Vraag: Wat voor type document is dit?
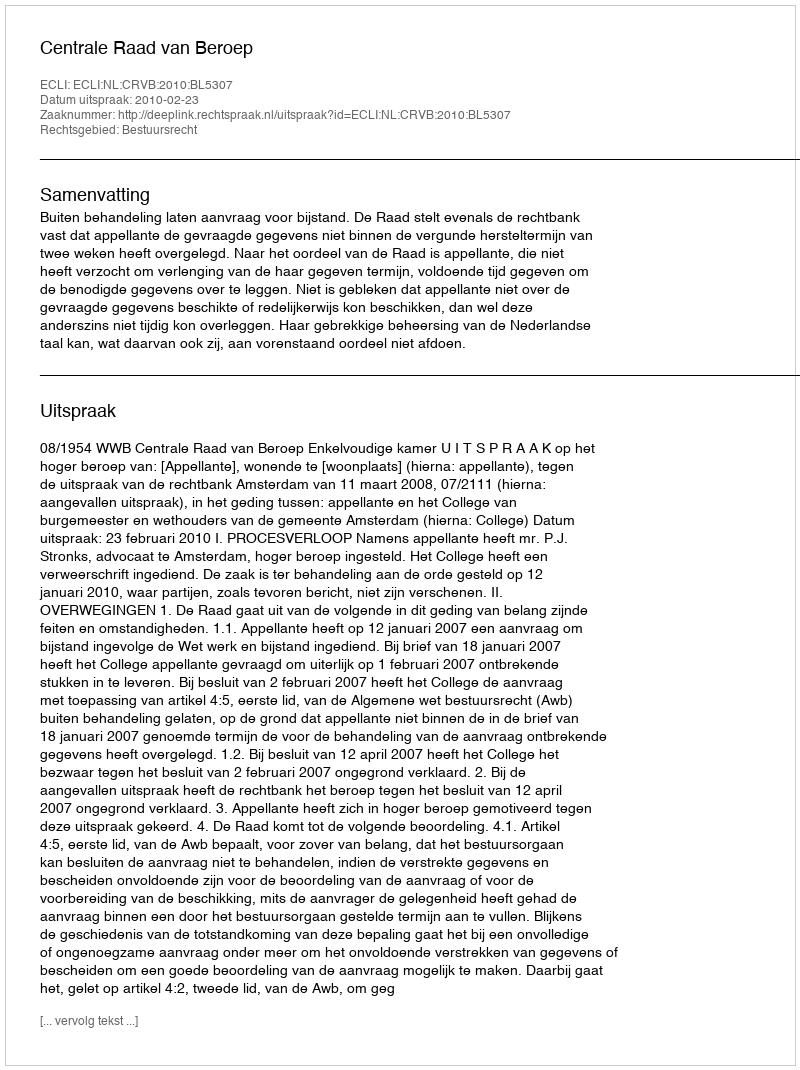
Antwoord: Uitspraak